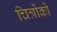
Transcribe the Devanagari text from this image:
चित्रोंको